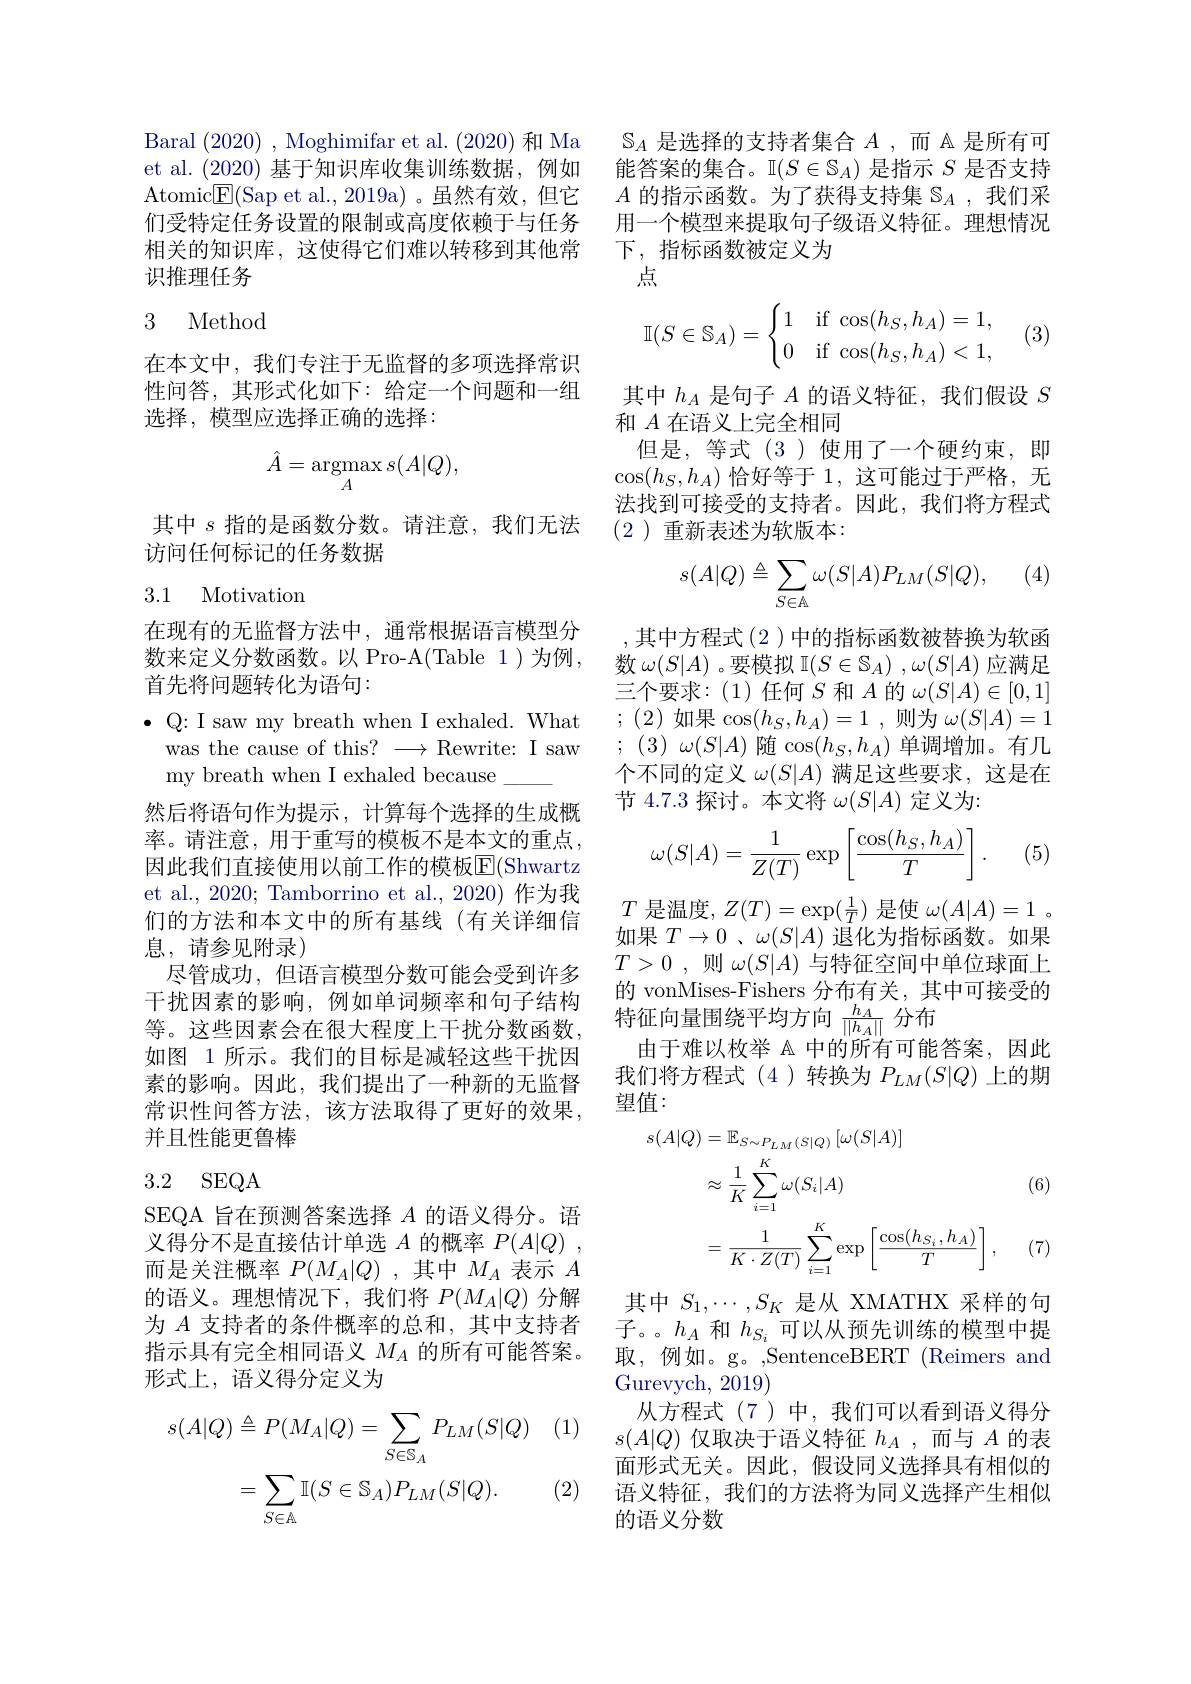
Baral (2020), Moghimifar et al. (2020)和 Ma et al. (2020)基于知识库收集训练数据，例如Atomic$\underline{\mathrm{E}}($Sap et al.,2019a)。虽然有效，但它们受特定任务设置的限制或高度依赖于与任务相关的知识库，这使得它们难以转移到其他常识推理任务

### 3 Method

在本文中，我们专注于无监督的多项选择常识性问答，其形式化如下：给定一个问题和一组选择，模型应选择正确的选择：
$$\hat{A}=\mathop{\mathrm{argmax}}_{A}s(A|Q),$$
其中$s$指的是函数分数。请注意，我们无法
访问任何标记的任务数据

### 3.1 Motivation

在现有的无监督方法中，通常根据语言模型分数来定义分数函数。以 Pro-A(Table 1)为例， 首先将问题转化为语句：
$\bullet$ Q: I saw my breath when I exhaled. What
was the cause of this? $\longrightarrow$Rewrite: I saw
my breath when I exhaled because
然后将语句作为提示，计算每个选择的生成概率。请注意，用于重写的模板不是本文的重点， 因此我们直接使用以前工作的模板$\overline{\mathrm{E}}($Shwartz et al., 2020; Tamborrino et al., 2020) 作为我们的方法和本文中的所有基线(有关详细信息，请参见附录)
尽管成功，但语言模型分数可能会受到许多干扰因素的影响，例如单词频率和句子结构等。这些因素会在很大程度上干扰分数函数如图 1 所示。我们的目标是减轻这些干扰因素的影响。因此，我们提出了一种新的无监督常识性问答方法，该方法取得了更好的效果， 并且性能更鲁棒

## 3.2 SEQA

SEQA 旨在预测答案选择$A$的语义得分。语义得分不是直接估计单选$A$的概率$P( A| Q)$ , 而是关注概率$P(M_A|Q)$ ,其中$M_A$表示$A$ 的语义。理想情况下，我们将$P(M_A|Q)$分解为$A$支持者的条件概率的总和，其中支持者指示具有完全相同语义$M_A$的所有可能答案。形式上，语义得分定义为

1 (1)
$$\begin{aligned}s(A|Q)&\triangleq P(M_{A}|Q)=\sum_{S\in\mathbb{S}_{A}}P_{LM}(S|Q)\\&=\sum_{S\in\mathbb{A}}\mathbb{I}(S\in\mathbb{S}_{A})P_{LM}(S|Q).\end{aligned}$$
(2)

$\mathbb{S}_A$是选择的支持者集合$A$,而 A 是所有可能答案的集合。$\mathbb{I}(S\in\mathbb{S}_A)$是指示$S$是否支持$A$的指示函数。为了获得支持集$\mathbb{S}_A$,我们采用一个模型来提取句子级语义特征。理想情况下，指标函数被定义为
点

(3)
$$\mathbb{I}(S\in\mathbb{S}_A)=\begin{cases}1&\text{if}\:\cos(h_S,h_A)=1,\\0&\text{if}\:\cos(h_S,h_A)<1,\end{cases}$$
其中$h_A$是句子$A$的语义特征，我们假设$S$
和$A$在语义上完全相同
但是，等式(3)使用了一个硬约束，即$\cos(h_S,h_A)$恰好等于 1,这可能过于严格，无法找到可接受的支持者。因此，我们将方程式(2)重新表述为软版本：

(4)
$$s(A|Q)\triangleq\sum_{S\in\mathbb{A}}\omega(S|A)P_{LM}(S|Q),$$
,其中方程式(2)中的指标函数被替换为软函数$\omega(S|A)$ 。要模拟 I$(S\in\mathbb{S}_A)$ ,$\omega(S|A)$应满足三个要求：(1)任何$S$ 和$A$ 的 $\omega(S|A)\in[0,1]$ ;(2)如果$\cos(h_S,h_A)=1$,则为$\omega(S|A)=1$ ; (3) $\omega ( S| A)$ 随$\cos(h_S,h_A)$ 单调增加。有几个不同的定义$\omega(S|A)$满足这些要求，这是在节 4.7.3 探讨。本文将$\omega(S|A)$定义为：
$$\omega(S|A)=\frac{1}{Z(T)}\exp\left[\frac{\cos(h_S,h_A)}{T}\right].$$
(5)

$T$是温度，$Z(T)=\exp(\frac1T)$是使$\omega(A|A)=1$ 。如果$T\to0$ 、$\omega(S|A)$退化为指标函数。如果$T> 0$ , 则 $\omega ( S| A)$与特征空间中单位球面上的 vonMises-Fishers 分布有关，其中可接受的特征向量围绕平均方向$\frac{h_A}{||h_A||}$分布
由于难以枚举 A 中的所有可能答案，因此我们将方程式(4)转换为$P_LM(S|Q)$上的期望值：

(6)
$$\begin{aligned}s(A|Q)&=\mathbb{E}_{S\sim P_{LM}(S|Q)}\left[\omega(S|A)\right]\\&\approx\frac{1}{K}\sum_{i=1}^{K}\omega(S_{i}|A)\\&=\frac{1}{K\cdot Z(T)}\sum_{i=1}^{K}\exp\left[\frac{\cos(h_{S_{i}},h_{A})}{T}\right],\end{aligned}$$
(7)

其中$S_{1},\cdots,S_{K}$是从 XMATHX 采样的句子。。$h_A$和$h_{S_i}$可以从预先训练的模型中提取，例如。g。,SentenceBERT(Reimers and Gurevych, 2019)
从方程式(7)中，我们可以看到语义得分$s(A|Q)$仅取决于语义特征$h_A$,而与$A$的表面形式无关。因此，假设同义选择具有相似的语义特征，我们的方法将为同义选择产生相似的语义分数